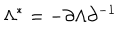
\Lambda ^ { * } = - \partial \Lambda \partial ^ { - 1 }